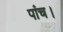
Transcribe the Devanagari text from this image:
पांच।